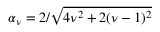
\alpha _ { \nu } = 2 / \sqrt { 4 \nu ^ { 2 } + 2 ( \nu - 1 ) ^ { 2 } }